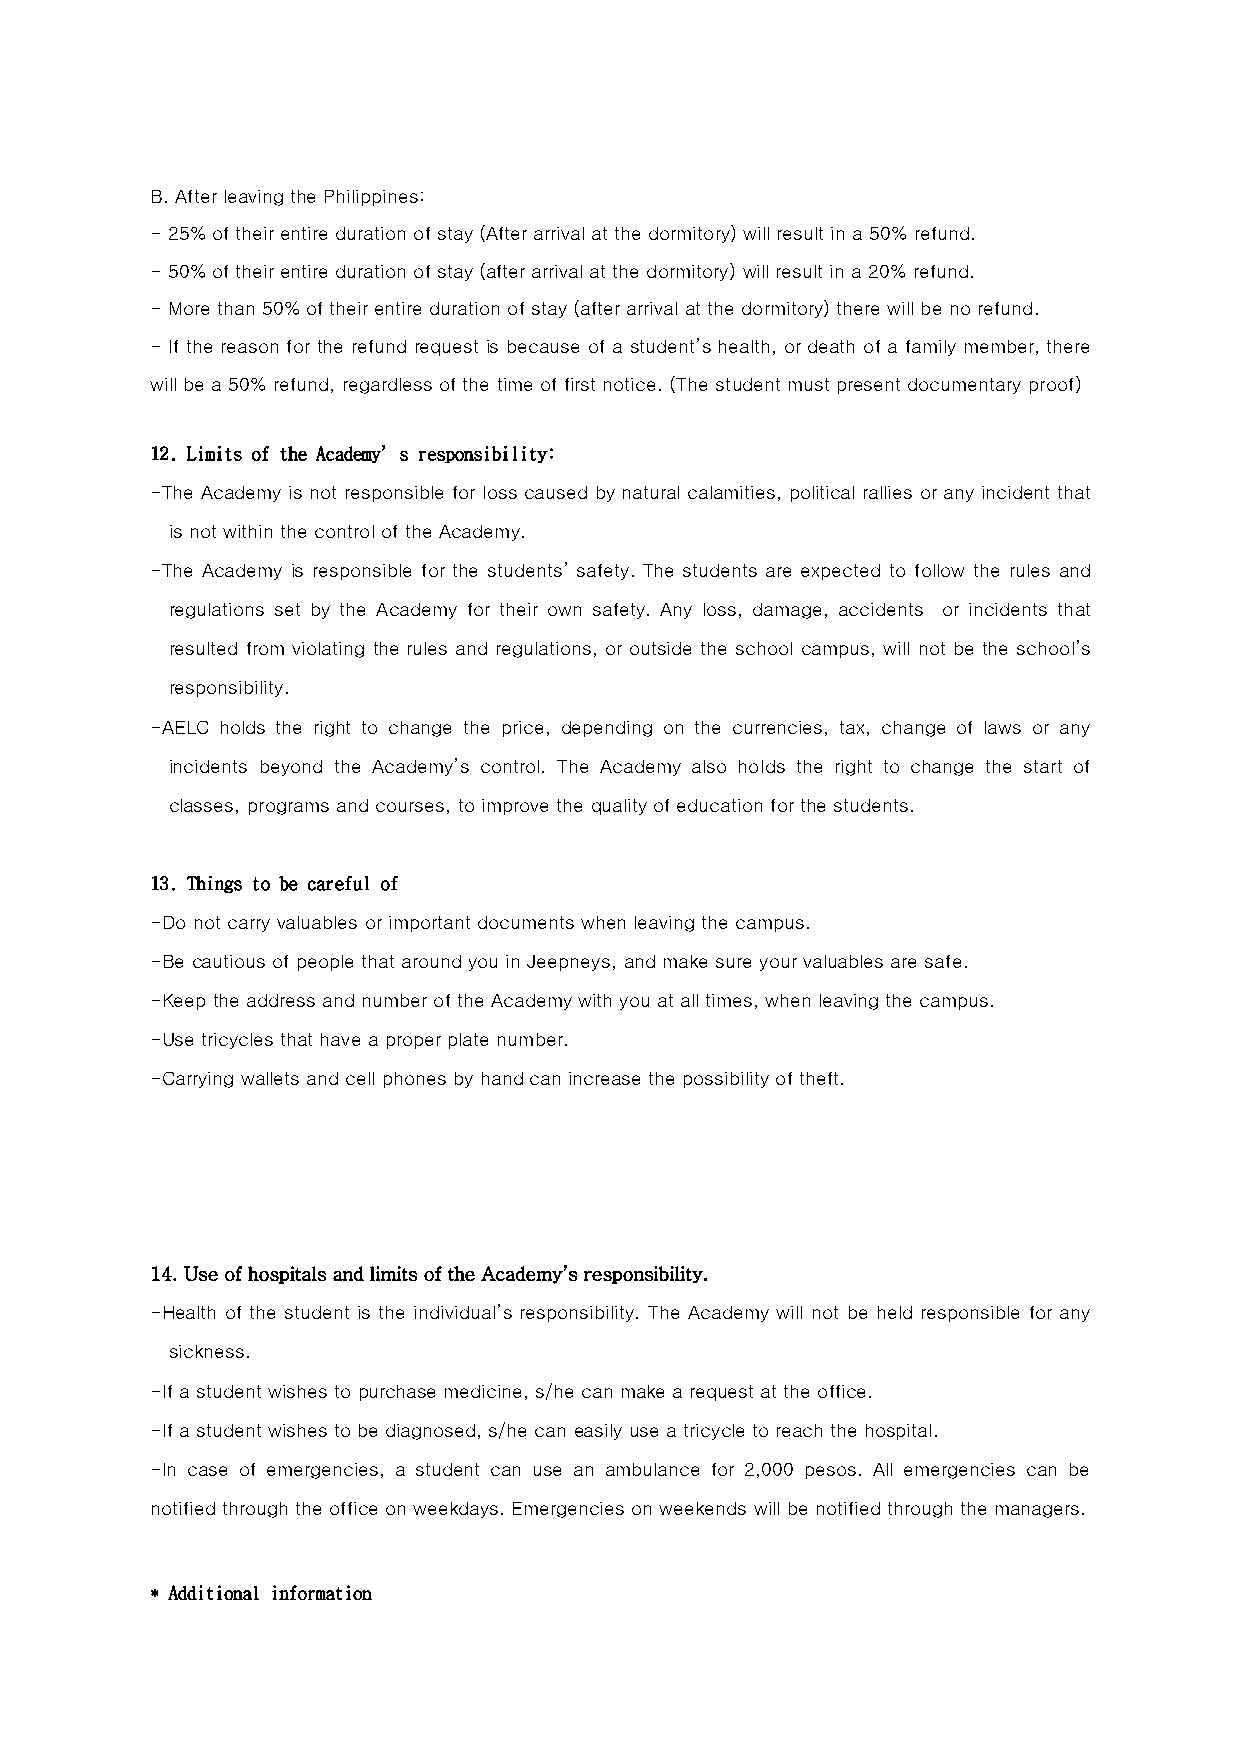
B. After leaving the Philippines:
 - 25% of their entire duration of stay (After arrival at the dormitory) will result in a 50% refund.
 - 50% of their entire duration of stay (after arrival at the dormitory) will result in a 20% refund.
 - More than 50% of their entire duration of stay (after arrival at the dormitory) there will be no refund.
 - If the reason for the refund request is because of a student’s health, or death of a family member, there
 will be a 50% refund, regardless of the time of first notice. (The student must present documentary proof)
 12. Limits of the Academy’s responsibility:
 -The Academy is not responsible for loss caused by natural calamities, political rallies or any incident that
 is not within the control of the Academy.
 -The Academy is responsible for the students’ safety. The students are expected to follow the rules and
 regulations set by the Academy for their own safety. Any loss, damage, accidents or incidents that
 resulted from violating the rules and regulations, or outside the school campus, will not be the school’s
 responsibility.
 -AELC holds the right to change the price, depending on the currencies, tax, change of laws or any
 incidents beyond the Academy’s control. The Academy also holds the right to change the start of
 classes, programs and courses, to improve the quality of education for the students.
 13. Things to be careful of
 -Do not carry valuables or important documents when leaving the campus.
 -Be cautious of people that around you in Jeepneys, and make sure your valuables are safe.
 -Keep the address and number of the Academy with you at all times, when leaving the campus.
 -Use tricycles that have a proper plate number.
 -Carrying wallets and cell phones by hand can increase the possibility of theft.
 14. Use of hospitals and limits of the Academy’s responsibility.
 -Health of the student is the individual’s responsibility. The Academy will not be held responsible for any
 sickness.
 -If a student wishes to purchase medicine, s/he can make a request at the office.
 -If a student wishes to be diagnosed, s/he can easily use a tricycle to reach the hospital.
 -In case of emergencies, a student can use an ambulance for 2,000 pesos. All emergencies can be
 notified through the office on weekdays. Emergencies on weekends will be notified through the managers.
 * Additional information